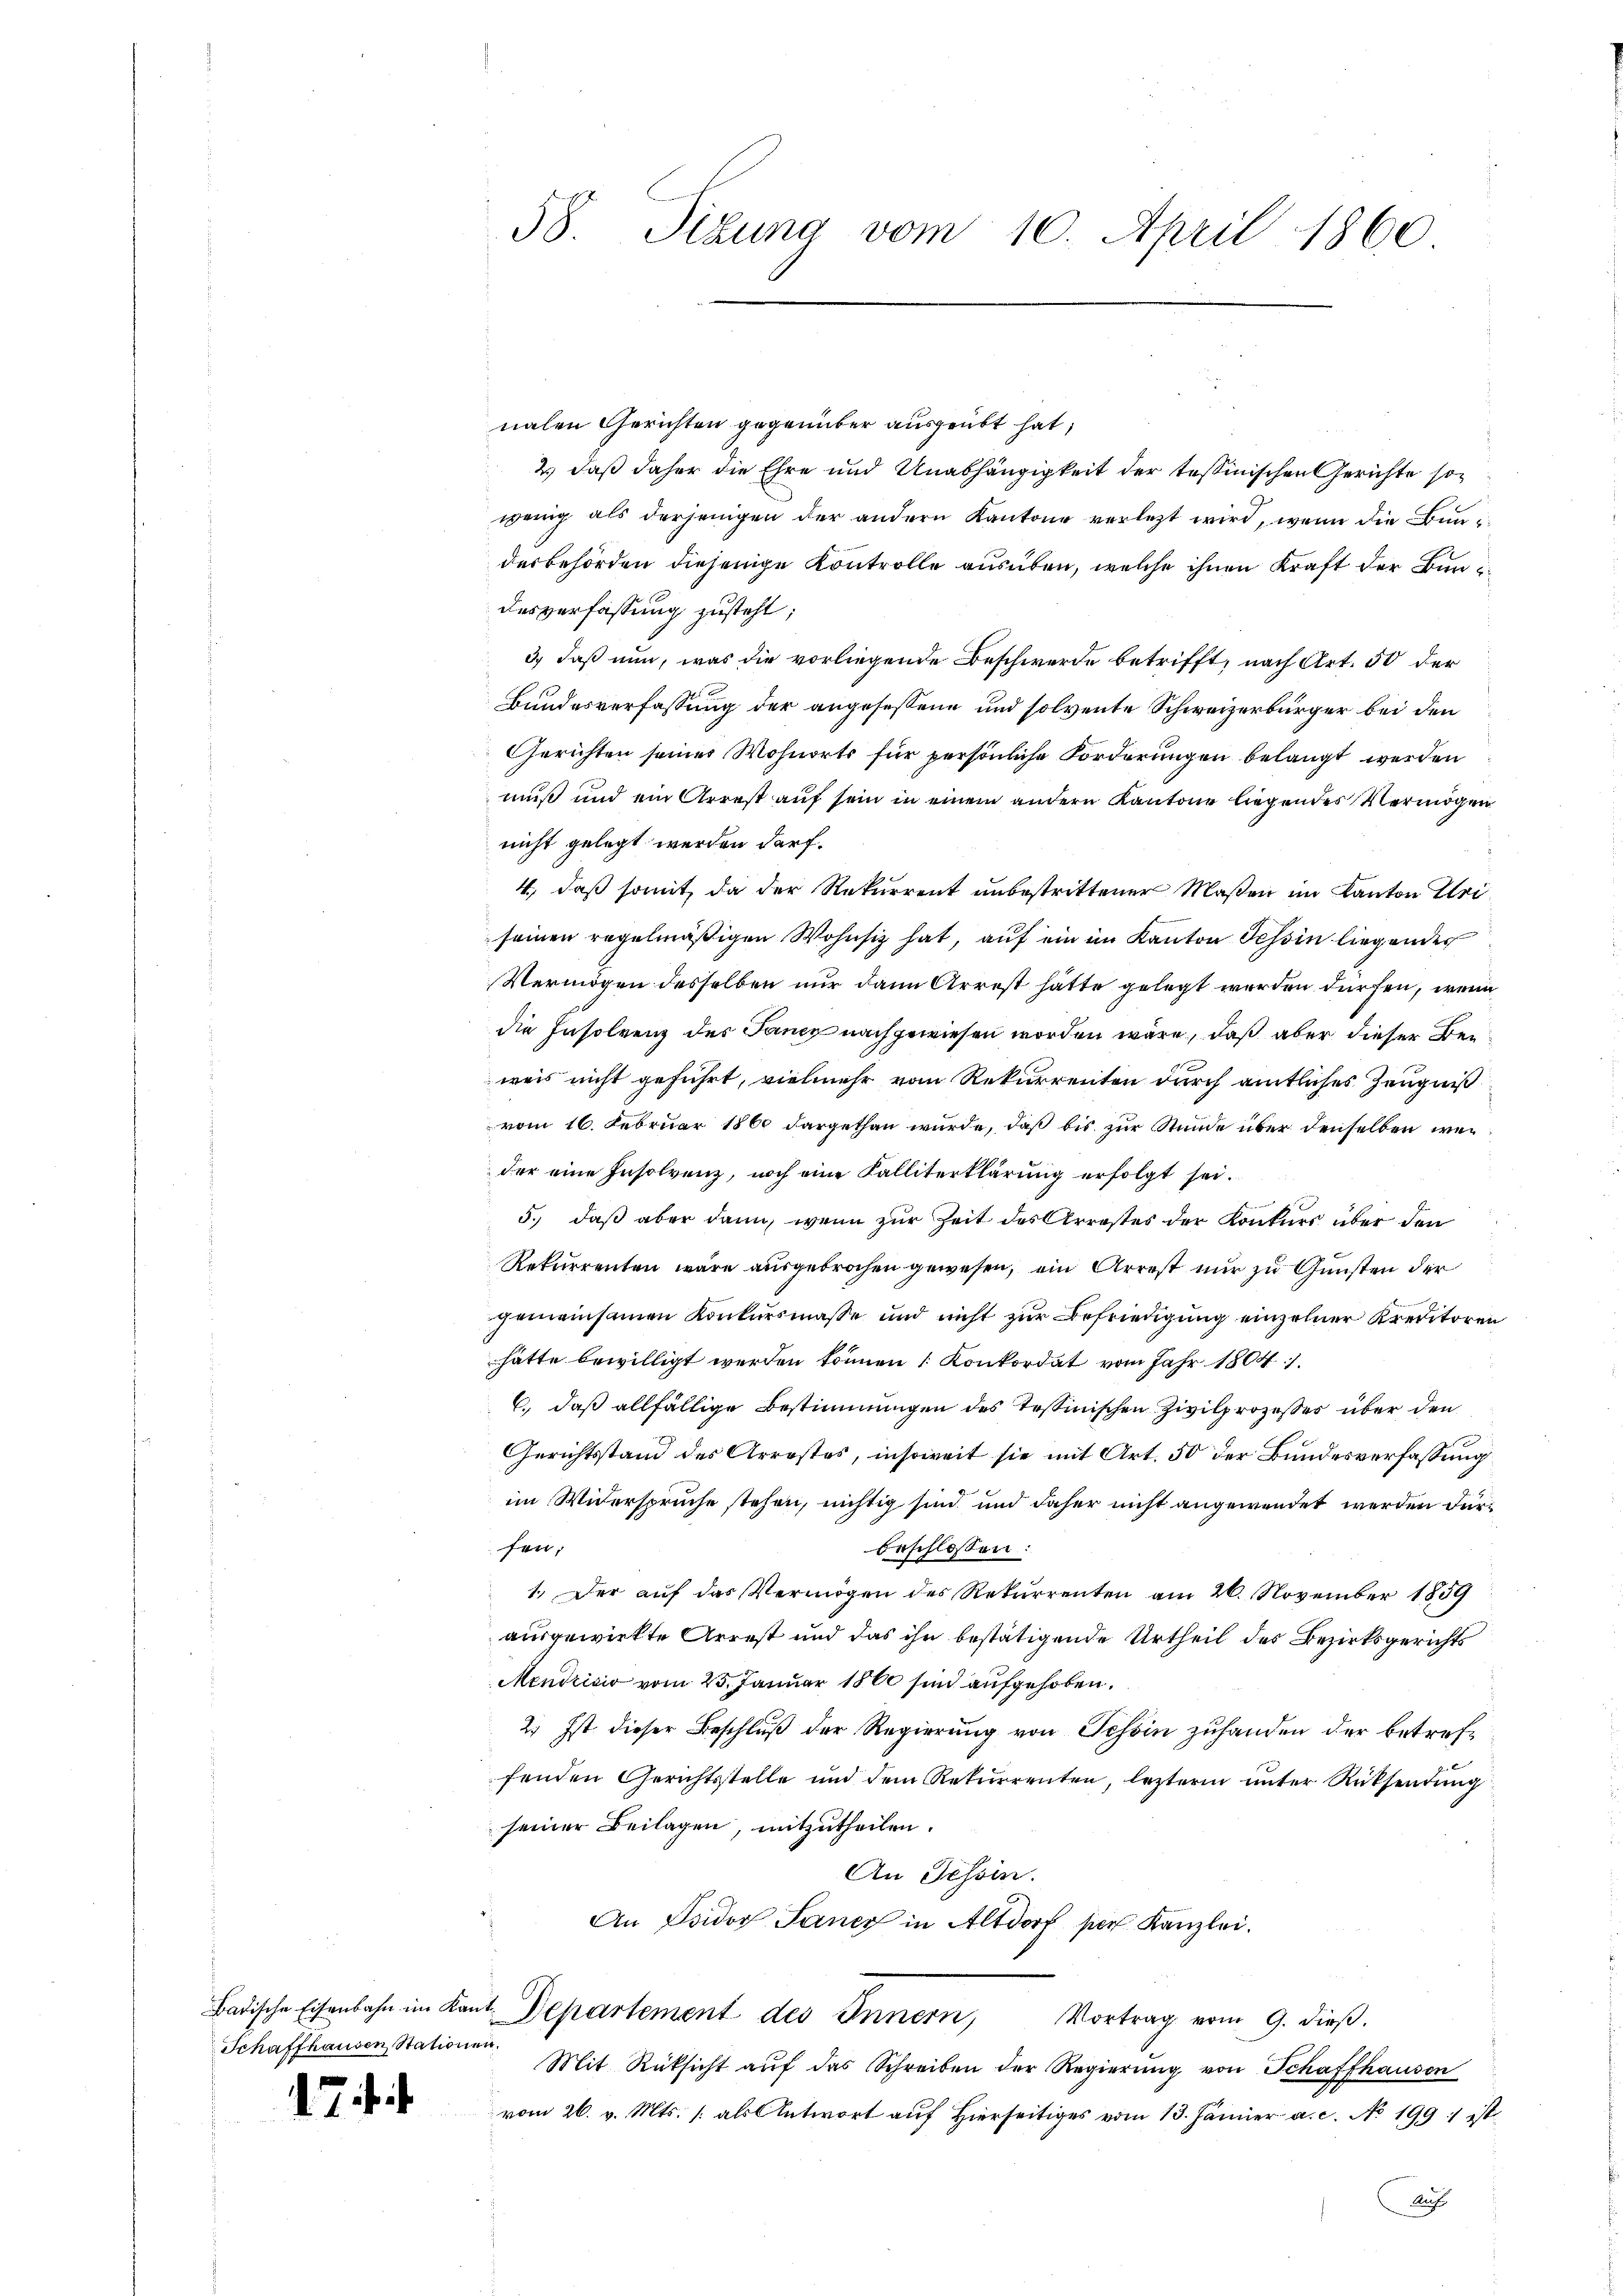
Schaffhausen Stationen.

58. Sitzung vom 10. April 1860

nalen Gerichten gegenüber ausgeübt hat,
2.) daß daher die Ehre und Unabhängigkeit der tessinischen Gerichte sowenig als derjenigen der andern Kantone verletzt wird, wenn die Bundesbehörden diejenige Kontrolle ausüben, welche ihnen Kraft der Bundesverfassung zusteht;
3.) Daß nun, was die vorliegende Beschwerde betrifft, nach Art. 50 der
Bundesverfassung der angesessene und solvente Schweizerbürger bei den
Gerichten seiner Wohnorts für persönliche Forderungen belangt werden
muß und ein Arrest auf sein in einem andern Kantone liegendes Vermögen
nicht gelegt werden darf.
4., daß somit, da der Rekurrent unbestrittener Maßen im Kanton Gri
seinen regelmäßigen Wohnsitz hat, auf ein im Kanton Tessin liegender
Vermögen desselben nur dann Arrest hätte gelegt werden dürfen, wenn
die Insolvenz des Sancy nach gewiesen worden wäre, daß aber dieser Beweis nicht geführt, vielmehr vom Rekurrenten durch amtliches Zeugnißvom 16. Februar 1860 dargethan wurde, daß bis zur Stunde über denselben weder eine Insolvenz, noch eine Falliterklärung erfolgt sei.
5.) daß aber dann, wenn zur Zeit des Arrestes der Konkurs über den
Rekurrenten wäre ausgebrochen gewesen, ein Arrest nur zu Gunsten der
gemeinsamen Konkursmasse und nicht zur Befriedigung einzelner Kreditoren
hätte bewilligt werden können Konkordat vom Jahr 1804. 7.
6., daß allfällige Bestimmungen des Tessinischen Zivilprozesser über den
Gerichtsstand des Arrestes, insoweit sie mit Art. 50 der Bundesverfassung
im Widersprüche stehen, nichtig sind und daher nicht angewendet werden dürfen,
beschlossen:
1.) Der auf das Vermögen des Rekurrenten am 26. November 1859
ausgewirkte Arrest und das ihn bestätigende Urtheil des Bezirksgerichts
Mendrisis vom 25. Januar 1860 sind aufgehoben.
2. Ist dieser Beschluß der Regierung von Schön zuhanden der betreffenden Gerichtsstelle und dem Rekurrenten, lezterm unter Rücksendung
seiner Beilagen, mitzutheilen.
An Tessin.
An Isidor Janer in Altdorf per Kanzlei.
Badische Eisenbahn im Kant. Departement des Innern, Vortrag vom 9. dieβ.
Mit Rüksicht aŭf das Schreiben der Regierŭng von Schaffhausen
vom 26. v. Mts. / als Antwort auf hierseitiges vom 13. Jänner a. c. No. 1991 ist

Aufs